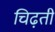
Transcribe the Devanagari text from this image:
चिढ़ती